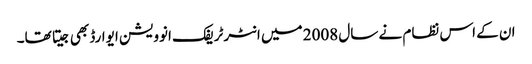
ان کے اس نظام نے سال 2008 میں انٹرٹریفک انوویشن ایوارڈ بھی جیتا تھا۔